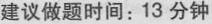
建议做题时间：13 分钟